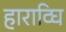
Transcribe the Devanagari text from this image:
हाराव्घि